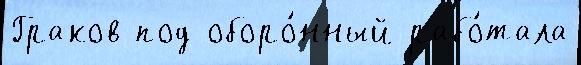
Граков под оборо́нный рабо́тала